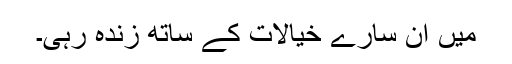
میں ان سارے خيالات کے ساتھ زندہ رہی۔